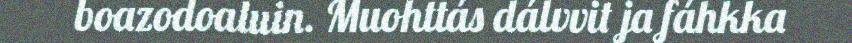
boazodoaluin. Muohttás dálvvit ja fáhkka